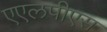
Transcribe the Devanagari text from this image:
एएलपीएस